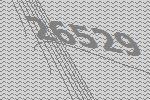
26529